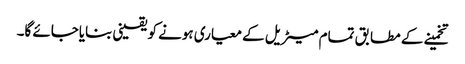
تخمینے کے مطابق تمام میٹریل کے معیاری ہونے کو یقینی بنایاجائے گا۔